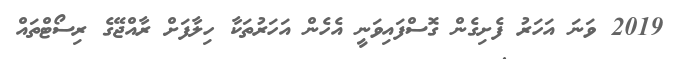
2019 ވަނަ އަހަރު ފެށިގެން ގޮސްފައިވަނީ އެހެން އަހަރުތަކާ ހިލާފަށް ރާއްޖޭގެ ރިސޯޓްތައް